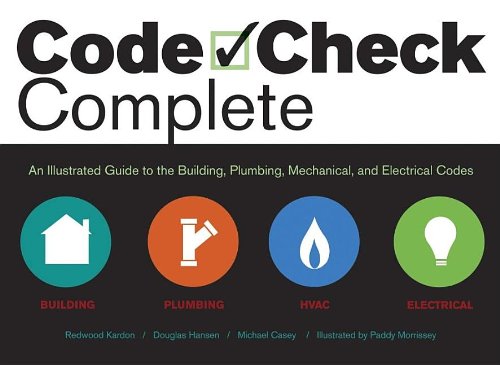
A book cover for Code Check Complete: An Illustrated Guide to the Building, Plumbing, Mechanical and Electrical Codes; Redwood Kardon; Law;